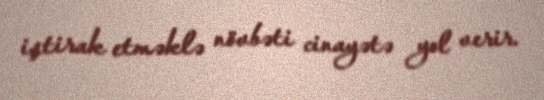
iştirak etməklə növbəti cinayətə yol verir.